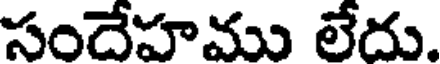
సందేహము లేదు.